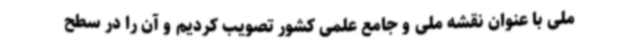
ملی با عنوان نقشه ملی و جامع علمی کشور تصویب کردیم و آن را در سطح